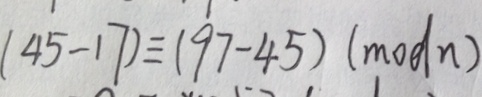
( 4 5 - 1 7 ) \equiv ( 9 7 - 4 5 ) ( m o d n )